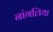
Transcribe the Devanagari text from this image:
नांगलिया